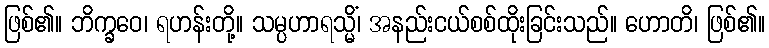
ဖြစ်၏။ ဘိက္ခဝေ၊ ရဟန်းတို့။ သမ္ပဟာရသ္မိံ၊ အနည်းငယ်စစ်ထိုးခြင်းသည်။ ဟောတိ၊ ဖြစ်၏။